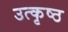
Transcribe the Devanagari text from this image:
उत्‍कृष्‍ठ